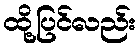
ထို့ပြင်လည်း